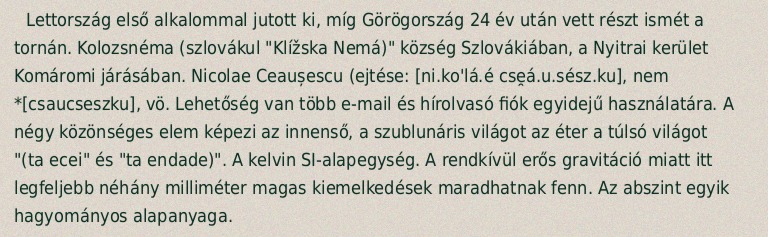
Lettország első alkalommal jutott ki, míg Görögország 24 év után vett részt ismét a tornán. Kolozsnéma (szlovákul "Klížska Nemá)" község Szlovákiában, a Nyitrai kerület Komáromi járásában. Nicolae Ceaușescu (ejtése: [ni.ko'lá.é cse̯á.u.sész.ku], nem *[csaucseszku], vö. Lehetőség van több e-mail és hírolvasó fiók egyidejű használatára. A négy közönséges elem képezi az innenső, a szublunáris világot az éter a túlsó világot "(ta ecei" és "ta endade)". A kelvin SI-alapegység. A rendkívül erős gravitáció miatt itt legfeljebb néhány milliméter magas kiemelkedések maradhatnak fenn. Az abszint egyik hagyományos alapanyaga.